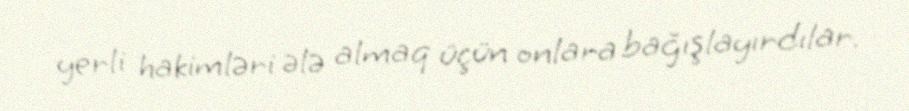
yerli hakimləri ələ almaq üçün onlara bağışlayırdılar.